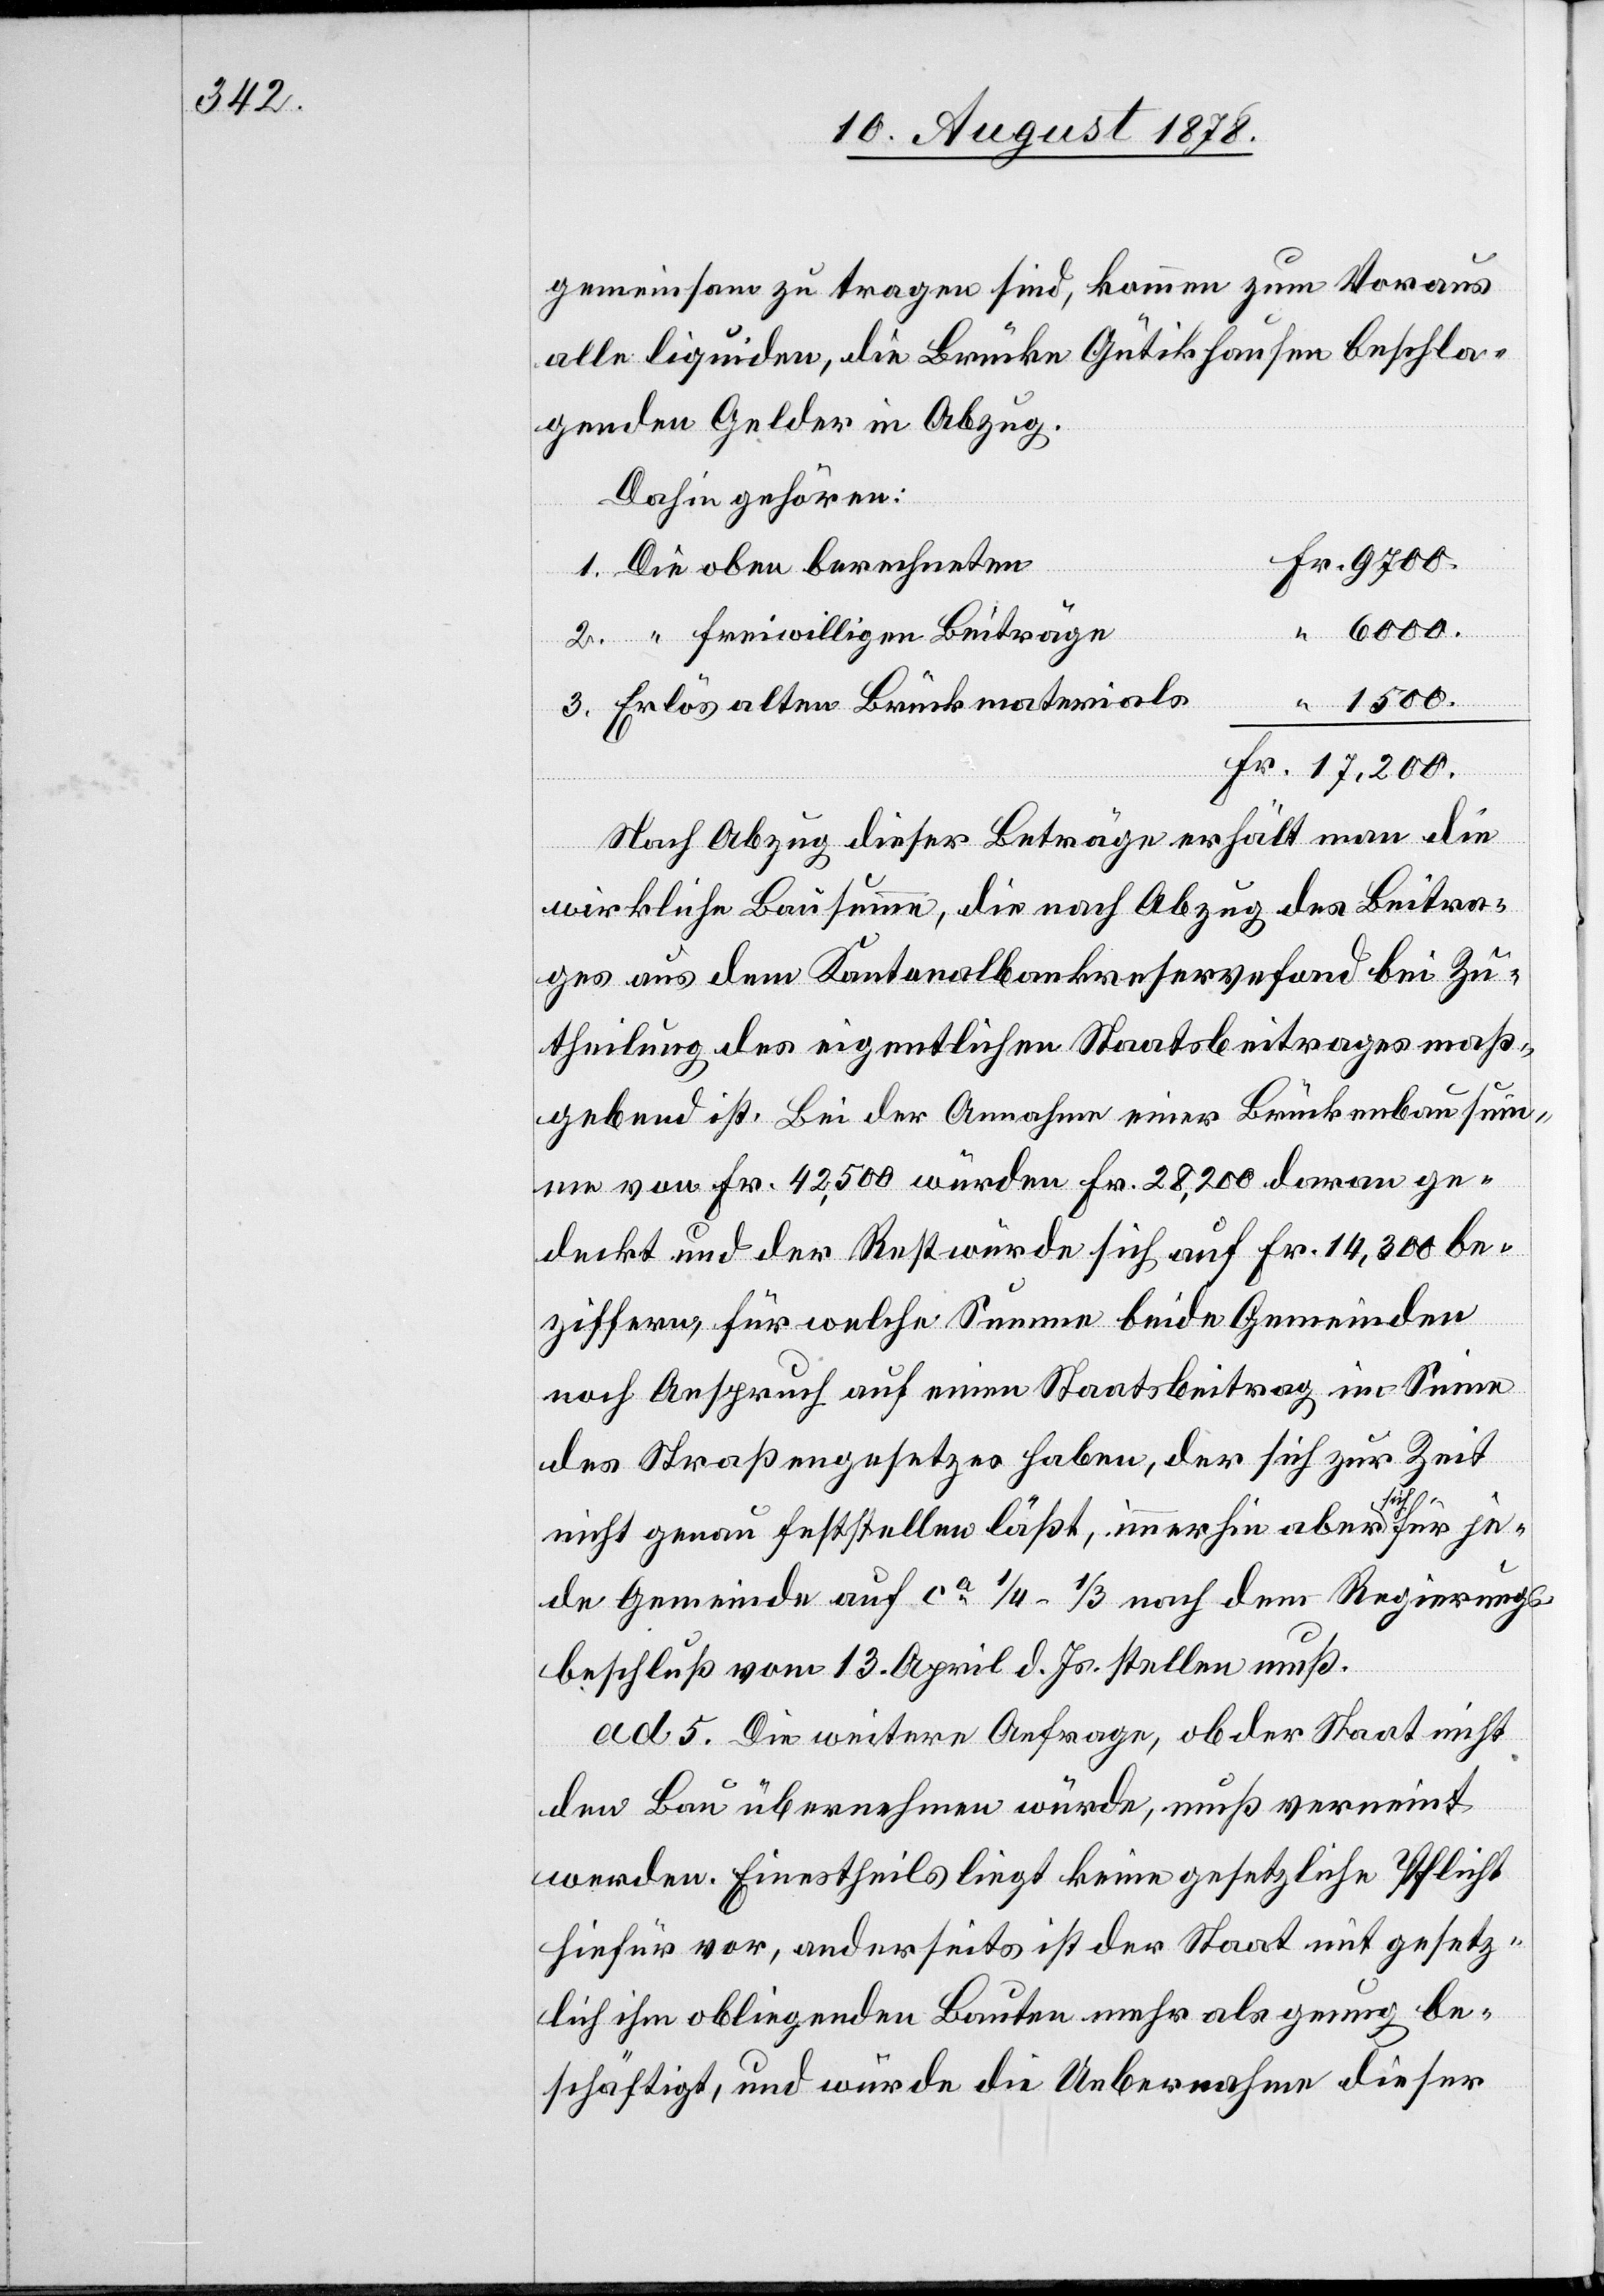
gemeinsam zu tragen sind, kommen zum Voraus
alle liquiden, die Brücke Gütikhausen beschla¬
genden Gelder in Abzug.
Dahin gehören:
1. Die oben berechneten
2. “ freiwilligen Beiträge
“
1500.
3. Erlös alten Brückmaterials
Nach Abzug dieser Beträge erhält man die
wirkliche Bausumme, die nach Abzug des Beitra¬
ges aus dem Kantonalbankreservefond bei Zu¬
theilung des eigenthlichen Staatsbeitrages maß¬
Fr.
gebend ist. Bei der Annahme einer Brückenbausum¬
me von Fr. 42,500 würden Fr. 28,200 daran ge¬
deckt und der Rest würde sich auf Fr. 14,300 be¬
ziffern, für welche Summe beide Gemeinden
noch Anspruch auf einen Staatsbeitrag im Sinne
des Straßengesetzes haben, der sich zur Zeit
nicht genau feststellen läßt, immerhin aber a-sich-a
jede Gemeinde auf ca 1/4 – 1/3 nach dem Regierungs¬
beschluß vom 13. April d. Js. stellen muß.
ad. 5. Die weitere Anfrage, ob der Staat nicht
den Bau übernehmen würde, muß verneint
werden. Einestheils liegt keine gesetzliche Pflicht
hiefür vor, anderseits ist der Staat mit gesetz¬
lich ihm obliegenden Bauten mehr als genug be¬
schäftigt, und würde die Uebernahme dieser